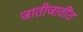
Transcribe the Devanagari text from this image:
जातीजातींत